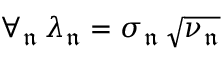
\forall _ { \mathfrak { n } } \, \lambda _ { \mathfrak { n } } = \sigma _ { \mathfrak { n } } \, \sqrt { \nu _ { \mathfrak { n } } }